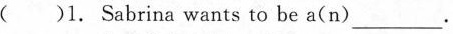
( )1. Sabrina wants to be a(n)___.